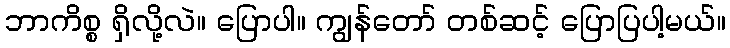
ဘာကိစ္စ ရှိလို့လဲ။ ပြောပါ။ ကျွန်တော် တစ်ဆင့် ပြောပြပါ့မယ်။